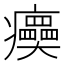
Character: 㿙